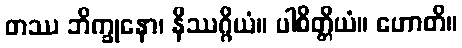
တဿ ဘိက္ခုနော၊ နိဿဂ္ဂိယံ။ ပါစိတ္တိယံ။ ဟောတိ။